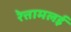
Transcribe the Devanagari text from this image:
रेत्तामलई